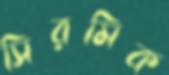
সিরমিক